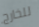
للخارج